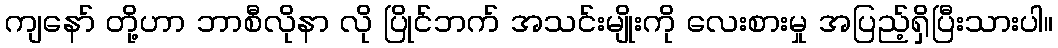
ကျနော် တို့ဟာ ဘာစီလိုနာ လို ပြိုင်ဘက် အသင်းမျိုးကို လေးစားမှု အပြည့်ရှိပြီးသားပါ။